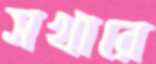
সখারে